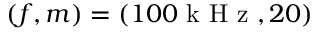
( f , m ) = ( 1 0 0 \mathrm { ~ k ~ H ~ z ~ } , 2 0 )